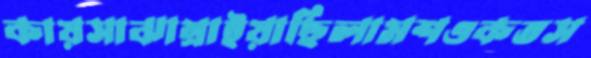
কায়সাঝাম্‌রাইয়াছিলামশওকতস